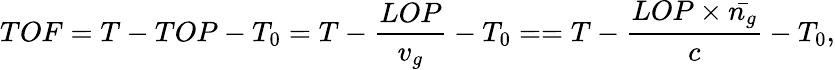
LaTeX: TOF=T-TOP-T_{0}=T-\frac{LOP}{v_{g}}-T_{0}==T-\frac{LOP\times\bar{n_{g}}}{c}-T_{0},